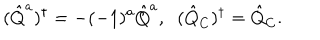
LaTeX: ( \hat { Q } ^ { a } ) ^ { \dagger } = - ( - 1 ) ^ { a } \hat { Q } ^ { a } , \; \; ( \hat { Q } _ { C } ) ^ { \dagger } = \hat { Q } _ { C } .